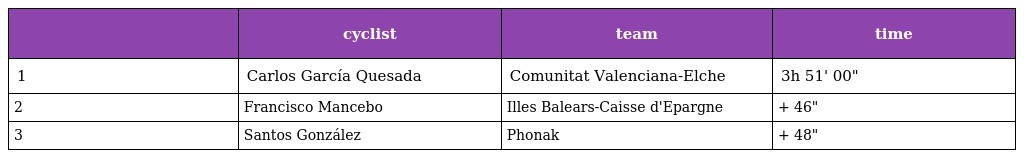
|  | cyclist | team | time |
 | --- | --- | --- | --- |
 | 1 | Carlos García Quesada | Comunitat Valenciana-Elche | 3h 51' 00" |
 | 2 | Francisco Mancebo | Illes Balears-Caisse d'Epargne | + 46" |
 | 3 | Santos González | Phonak | + 48" |